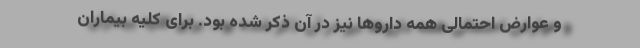
و عوارض احتمالی همه داروها نیز در آن ذکر شده بود. برای کلیه بیماران